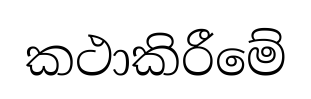
කථාකිරීමේ